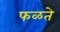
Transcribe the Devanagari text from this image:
फळते